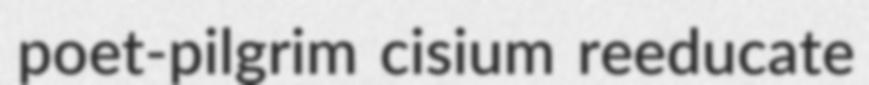
poet-pilgrim cisium reeducate